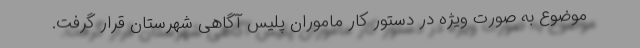
موضوع به صورت ویژه در دستور کار ماموران پلیس آگاهی شهرستان قرار گرفت.